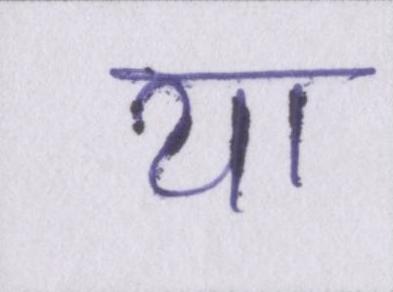
या